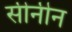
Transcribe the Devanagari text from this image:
सीनीन